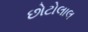
છોટોલાલ